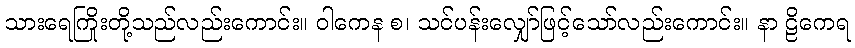
သားရေကြိုးတို့သည်လည်းကောင်း။ ဝါကေန စ၊ သင်ပန်းလျှော်ဖြင့်သော်လည်းကောင်း။ နာ ဠိကေရ